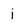
Character: j